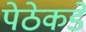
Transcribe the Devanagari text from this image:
पेठेकडे